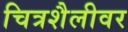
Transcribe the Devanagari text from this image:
चित्रशैलीवर